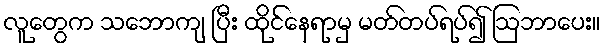
လူတွေက သဘောကျ ပြီး ထိုင်နေရာမှ မတ်တပ်ရပ်၍ ဩဘာပေး။